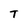
Character: T